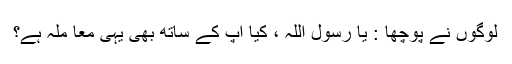
لوگوں نے پوچھا : یا رسول اللہ ، کیا آپ کے ساتھ بھی یہی معا ملہ ہے؟